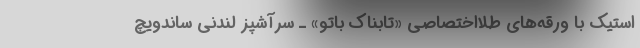
استیک با ورقه‌های طلااختصاصی «تابناک باتو» ـ سرآشپز لندنی ساندویچ